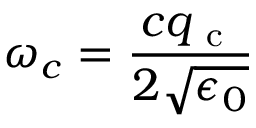
\omega _ { c } = \frac { c q _ { \mathrm { ~ c ~ } } } { 2 \sqrt { \epsilon _ { 0 } } }